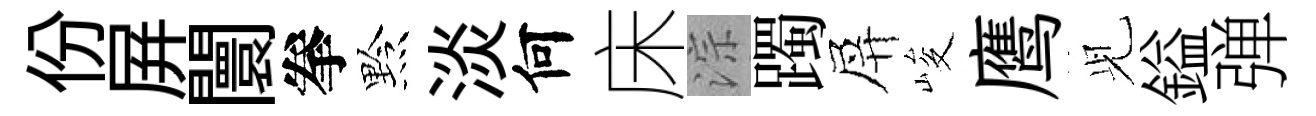
份屛闤拳黔淡何床淙躅屏峻鹰𫤗鎰弹